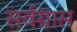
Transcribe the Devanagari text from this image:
सर्वग्रास